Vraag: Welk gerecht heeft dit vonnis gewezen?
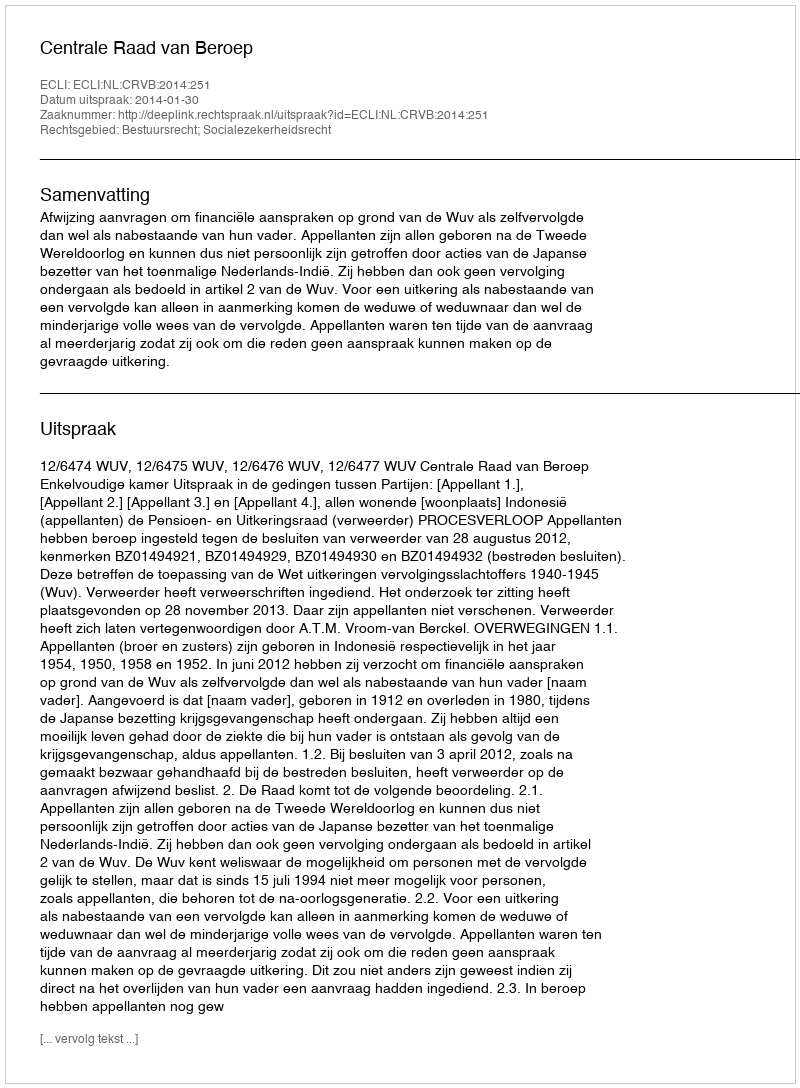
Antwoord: Centrale Raad van Beroep